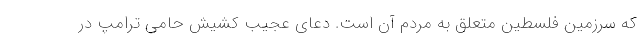
که سرزمین فلسطین متعلق به مردم آن است. دعای عجیب کشیش حامی ترامپ در